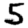
Digit: 5